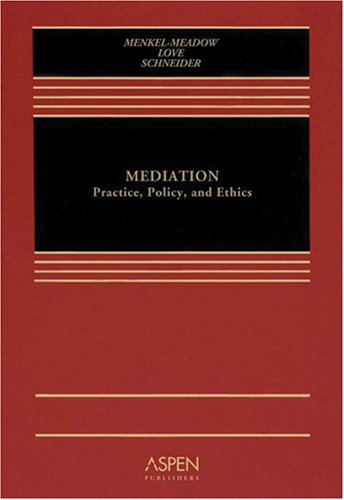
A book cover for Mediation: Practice, Policy, and Ethics; Professor Carrie J Menkel-Meadow; Law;